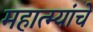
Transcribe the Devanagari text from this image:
महात्म्यांचे